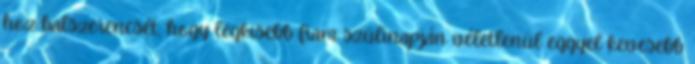
hoz balszerencsét, hogy legkisebb fiam szülinapján véletlenül eggyel kevesebb